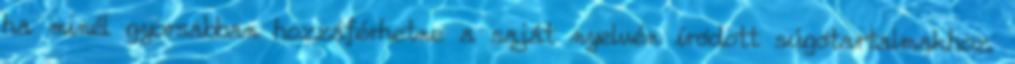
ha minél gyorsabban hozzáférhetne a saját nyelvén íródott súgótartalmakhoz.